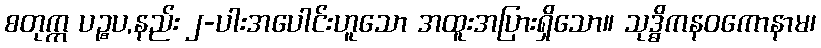
စတုက္က ပဉ္စပ,နည်း ၂-ပါးအပေါင်းဟူသော အထူးအပြားရှိသော။ သုဒ္ဓိကနဝကောနာမ၊